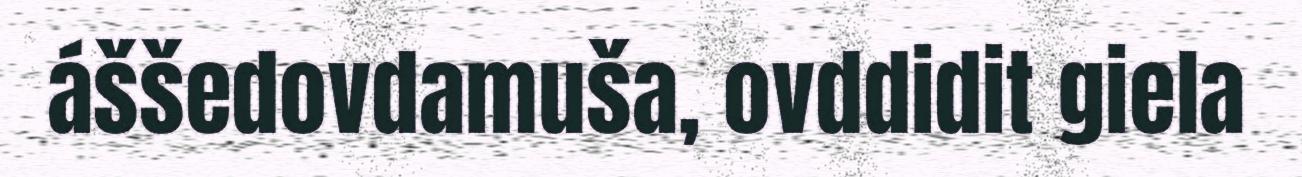
áššedovdamuša, ovddidit giela